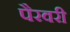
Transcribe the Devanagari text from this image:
पैरवरी